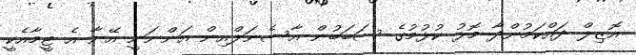
އޮޒިލް ދައްކަމުންދާ މޮޅު ކުޅުމުގެ ސަބަބުން އާސެނަލްއިން އަންނަނީ އޭނާ އެ ޓީމާއެކީ